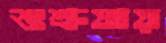
শুশ্রূষায়